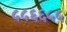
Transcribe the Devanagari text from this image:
५५६६५५